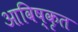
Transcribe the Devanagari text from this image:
आविष्‍कृत